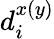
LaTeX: d_{i}^{x(y)}